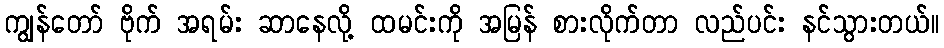
ကျွန်တော် ဗိုက် အရမ်း ဆာနေလို့ ထမင်းကို အမြန် စားလိုက်တာ လည်ပင်း နင်သွားတယ်။